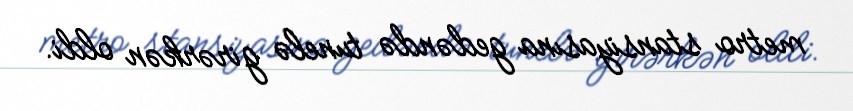
metro stansiyasına gedəndə tunelə girərkən oldi.